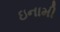
ઇનામી